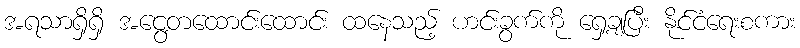
အရသာရှိရှိ အငွေ့တထောင်းထောင်း ထနေသည့် ဟင်းခွက်ကို ရှေ့ချပြီး နိုင်ငံရေးစကား